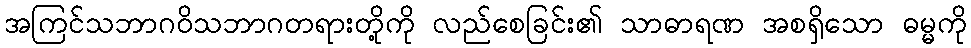
အကြင်သဘာဂဝိသဘာဂတရားတို့ကို လည်စေခြင်း၏ သာဓာရဏ အစရှိသော ဓမ္မကို